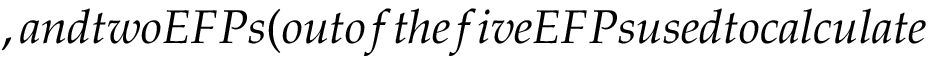
, a n d t w o E F P s ( o u t o f t h e f i v e E F P s u s e d t o c a l c u l a t e